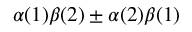
\alpha ( 1 ) \beta ( 2 ) \pm \alpha ( 2 ) \beta ( 1 )